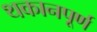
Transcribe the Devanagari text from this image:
थकानपूर्ण